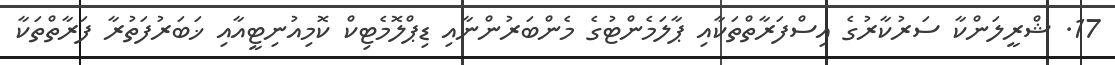
17. ޝްރީލަންކާ ސަރުކާރުގެ އިސްފަރާތްތަކާއި ޕާލަމެންޓުގެ މެންބަރުންނާއި ޑިޕްލޮމެޓިކް ކޮމިއުނިޓީއާއި ޚަބަރުފަތުރާ ފަރާތްތަކާ